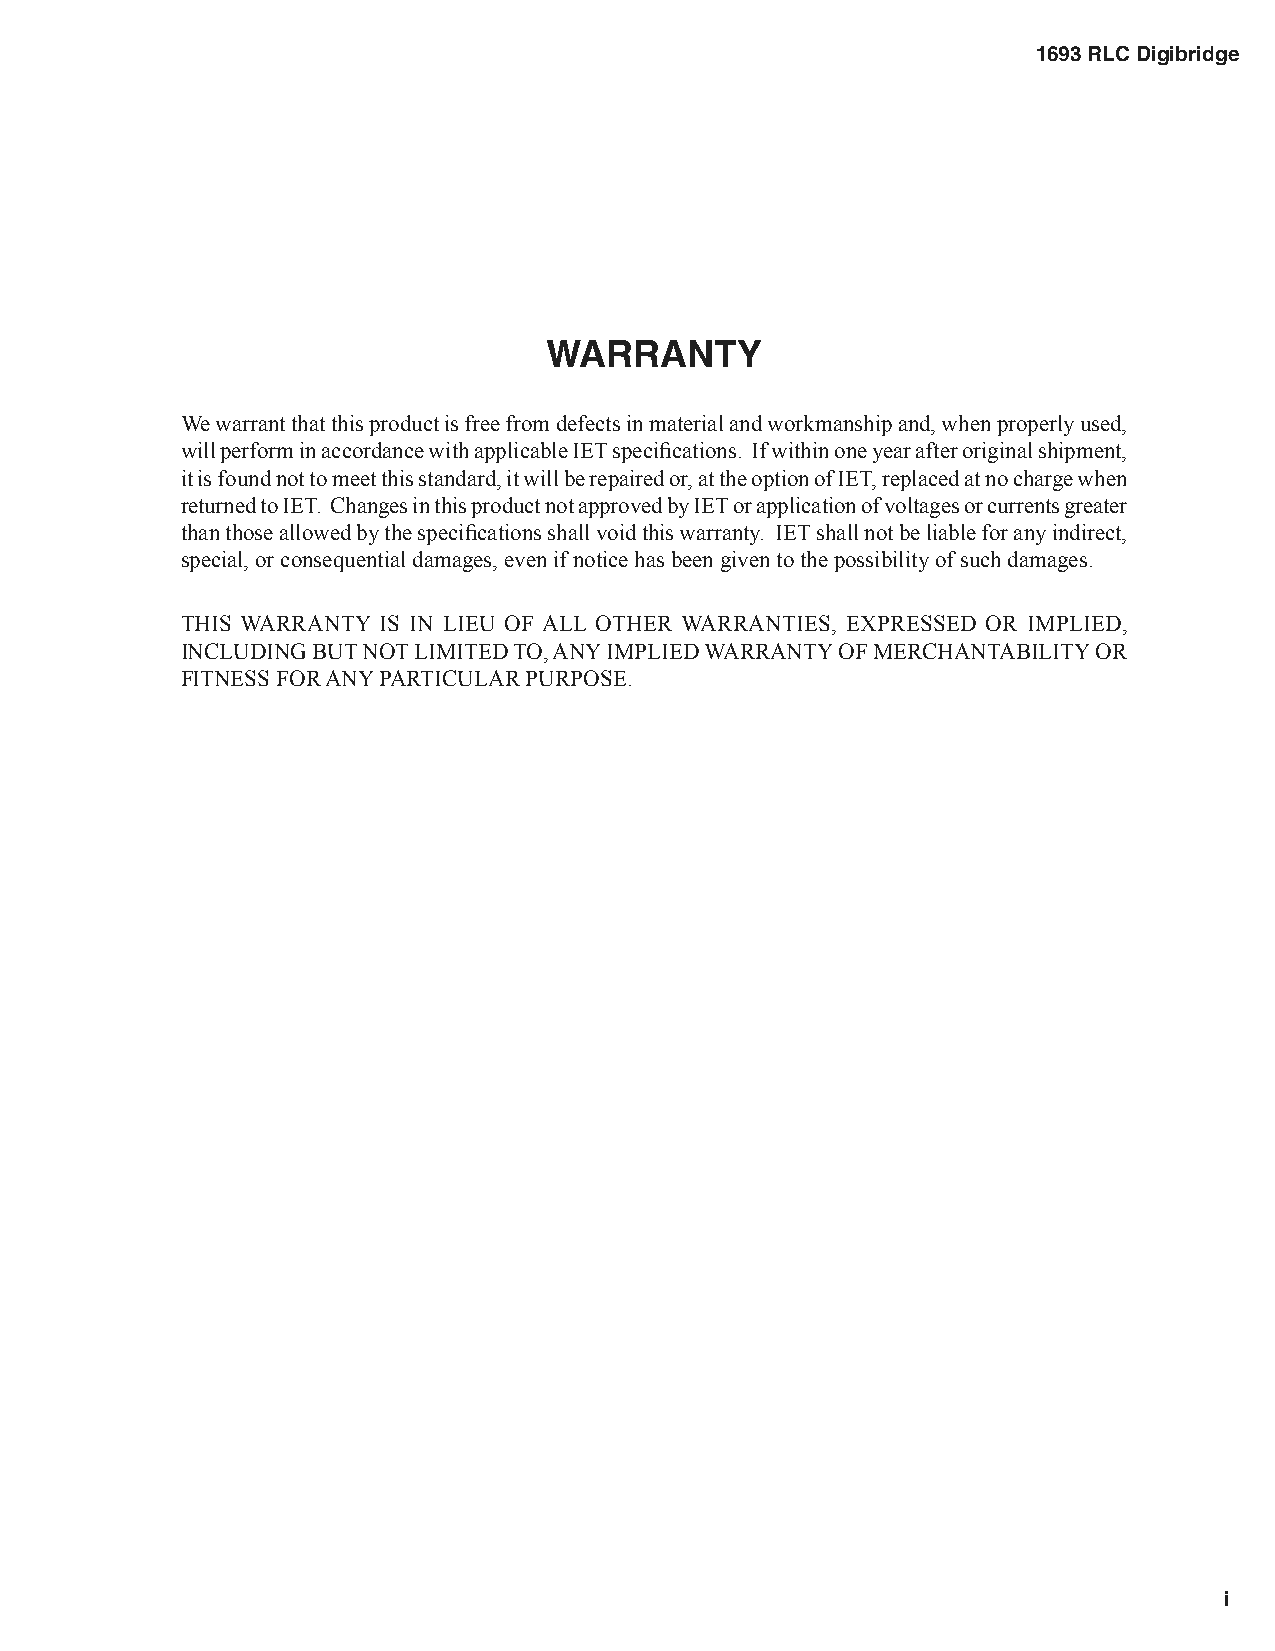
1693 RLC Digibridge
 WARRANTY
 We warrant that this product is free from defects in material and workmanship and, when properly used,
 will perform in accordance with applicable IET specifi cations. If within one year after original shipment,
 it is found not to meet this standard, it will be repaired or, at the option of IET, replaced at no charge when
 returned to IET. Changes in this product not approved by IET or application of voltages or currents greater
 than those allowed by the specifi cations shall void this warranty. IET shall not be liable for any indirect,
 special, or consequential damages, even if notice has been given to the possibility of such damages.
 THIS WARRANTY IS IN LIEU OF ALL OTHER WARRANTIES, EXPRESSED OR IMPLIED,
 INCLUDING BUT NOT LIMITED TO, ANY IMPLIED WARRANTY OF MERCHANTABILITY OR
 FITNESS FOR ANY PARTICULAR PURPOSE.
 IET LABS, INC.
 Standards • Decades • Strobes • Sound Level Meters • Bridges www.ietlabs.com
 534 Main Street, Westbury, NY 11590 TEL: (516) 334-5959 • (800) 899-8438 • FAX: (516) 334-5988
 i